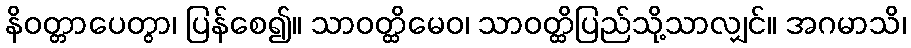
နိဝတ္တာပေတွာ၊ ပြန်စေ၍။ သာဝတ္ထိမေဝ၊ သာဝတ္ထိပြည်သို့သာလျှင်။ အဂမာသိ၊